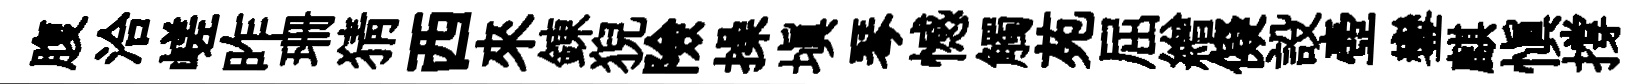
腹洽嵯昨珊猜西來錬猊險操填琴憾觸苑屈繒儗設壺鑾麒愼撐